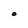
Character: O